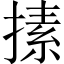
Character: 㨞